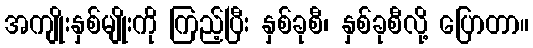
အကျိုးနှစ်မျိုးကို ကြည့်ပြီး နှစ်ခုစီ၊ နှစ်ခုစီလို့ ပြောတာ။